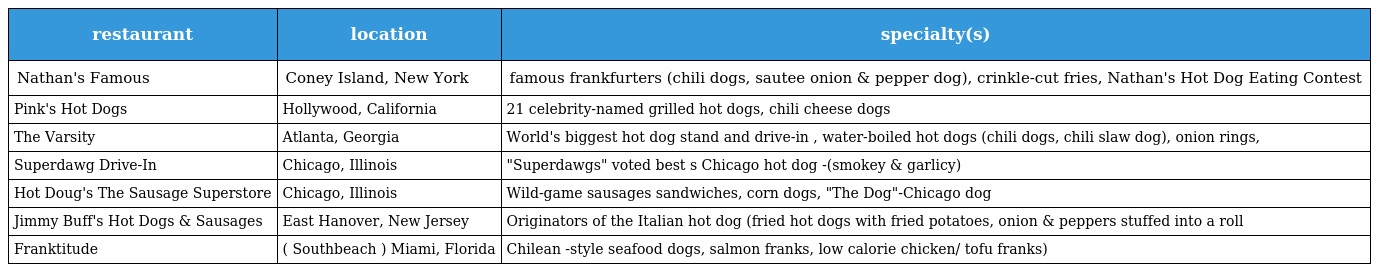
| restaurant | location | specialty(s) |
 | --- | --- | --- |
 | Nathan's Famous | Coney Island, New York | famous frankfurters (chili dogs, sautee onion & pepper dog), crinkle-cut fries, Nathan's Hot Dog Eating Contest |
 | Pink's Hot Dogs | Hollywood, California | 21 celebrity-named grilled hot dogs, chili cheese dogs |
 | The Varsity | Atlanta, Georgia | World's biggest hot dog stand and drive-in , water-boiled hot dogs (chili dogs, chili slaw dog), onion rings, |
 | Superdawg Drive-In | Chicago, Illinois | "Superdawgs" voted best s Chicago hot dog -(smokey & garlicy) |
 | Hot Doug's The Sausage Superstore | Chicago, Illinois | Wild-game sausages sandwiches, corn dogs, "The Dog"-Chicago dog |
 | Jimmy Buff's Hot Dogs & Sausages | East Hanover, New Jersey | Originators of the Italian hot dog (fried hot dogs with fried potatoes, onion & peppers stuffed into a roll |
 | Franktitude | ( Southbeach ) Miami, Florida | Chilean -style seafood dogs, salmon franks, low calorie chicken/ tofu franks) |